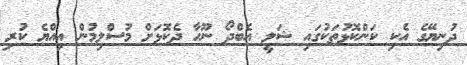
ދުނިޔޭގެ އެކި ކަންކޮޅުތަކުގައި ޝަލީ އެބްދޯ ނޫހާ ދެކޮޅަށް މުސްލިމުން އިއްޔެ ކުރި